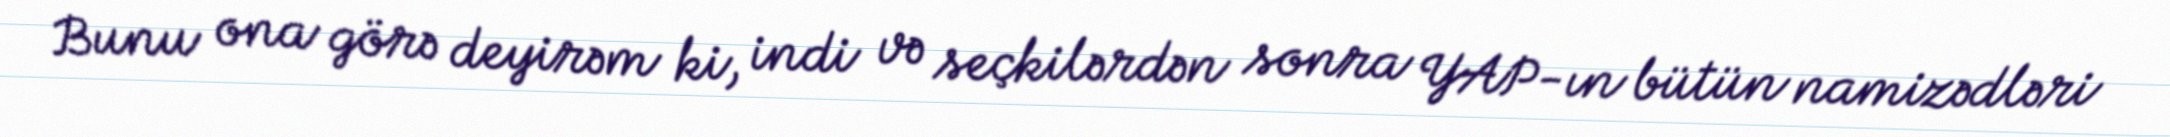
Bunu ona görə deyirəm ki, indi və seçkilərdən sonra YAP-ın bütün namizədləri